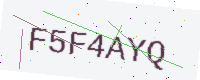
Text: F5F4AYQ